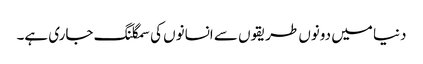
دنیا میں دونوں طریقوں سے انسانوں کی سمگلنگ جاری ہے۔